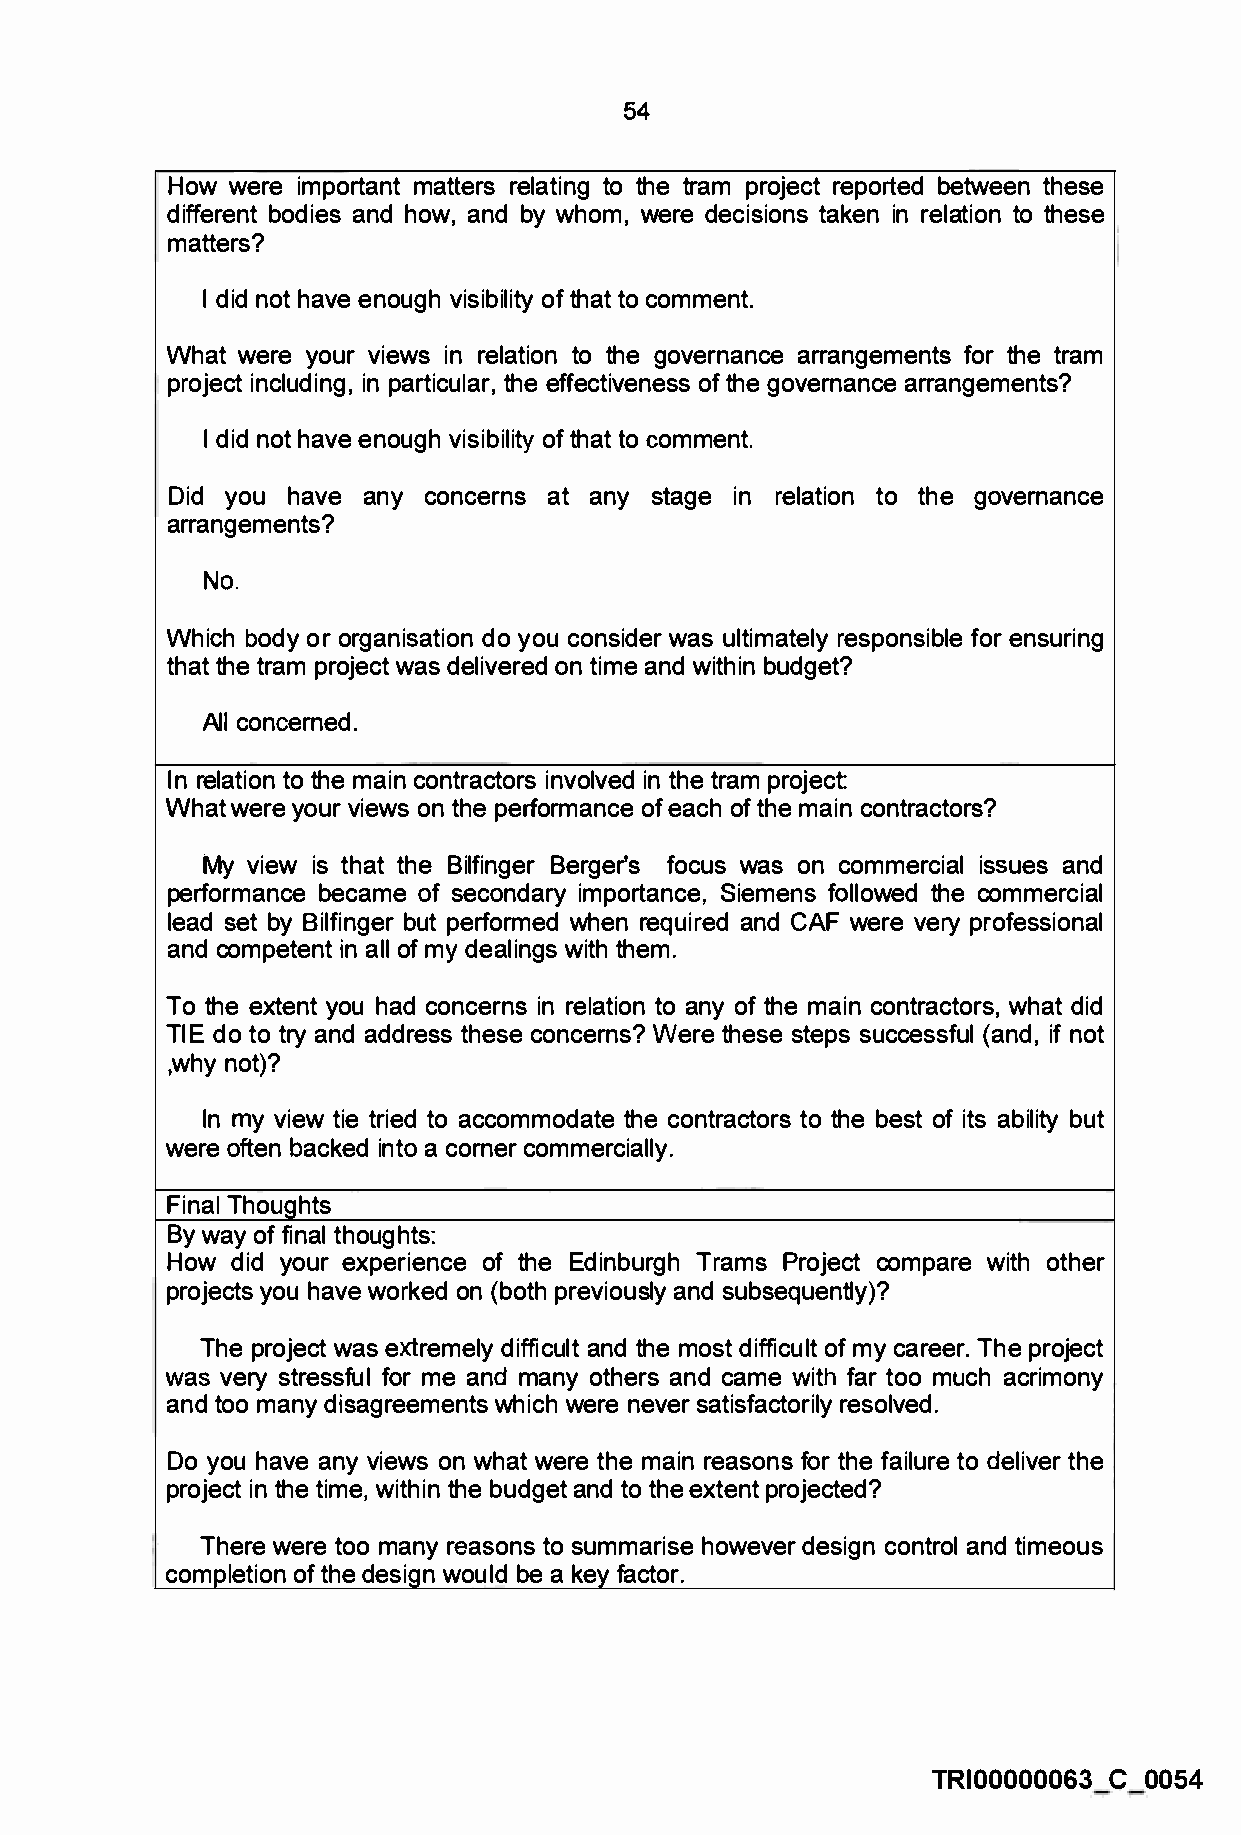
54
 How were important matters relating to the tram project reported between these
 different bodies and how, and by whom, were decisions taken in relation to these
 matters?
 I did not have enough visibility of that to comment.
 What were your views in relation to the governance arrangements for the tram
 project including, in particular, the effectiveness of the governance arrangements?
 I did not have enough visibility of that to comment.
 Did you have any concerns at any stage in relation to the governance
 arrangements?
 No.
 Which body or organisation do you consider was ultimately responsible for ensuring
 that the tram project was delivered on time and within budget?
 All concerned.
 In relation to the main contractors involved in the tram project:
 What were your views on the performance of each of the main contractors?
 My view is that the Bilfinger Berger's focus was on commercial issues and
 performance became of secondary importance, Siemens followed the commercial
 lead set by Bilfinger but performed when required and CAF were very professional
 and competent in all of my dealings with them.
 To the extent you had concerns in relation to any of the main contractors, what did
 TIE do to try and address these concerns? Were these steps successful (and, if not
 ,why not)?
 In my view tie tried to accommodate the contractors to the best of its ability but
 were often backed into a corner commercially.
 Final Thoughts
 By way of final thoughts:
 How did your experience of the Edinburgh Trams Project compare with other
 projects you have worked on (both previously and subsequently)?
 The project was extremely difficult and the most difficult of my career. The project
 was very stressful for me and many others and came with far too much acrimony
 and too many disagreements which were never satisfactorily resolved.
 Do you have any views on what were the main reasons for the failure to deliver the
 project in the time, within the budget and to the extent projected?
 There were too many reasons to summarise however design control and timeous
 completion of the design would be a key factor.
 TRI00000063 C 0054